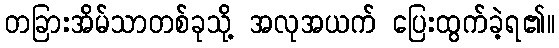
တခြားအိမ်သာတစ်ခုသို့ အလုအယက် ပြေးထွက်ခဲ့ရ၏။